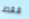
فقط